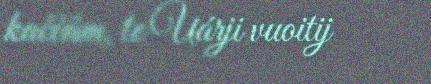
kaččâm, te Uárji vuoitij